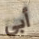
أبي